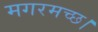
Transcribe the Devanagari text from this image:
मगरमच्छ।